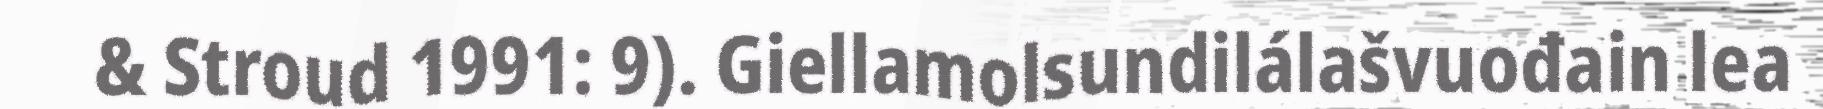
& Stroud 1991: 9). Giellamolsundilálašvuođain lea